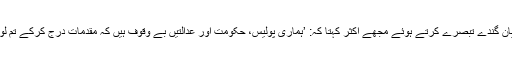
یہ اسلام اور مسلمانوں پر ناقابلِ بیان گندے تبصرے کرتے ہوئے مجھے اکثر کہتا کہ: ’ہماری پولیس، حکومت اور عدالتیں بے وقوف ہیں کہ مقدمات درج کرکے تم لوگوں پر فضول خرچی کرتے ہیں۔